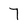
Character: 7